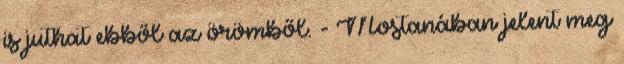
is juthat ebből az örömből. - Mostanában jelent meg